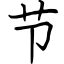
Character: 节